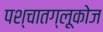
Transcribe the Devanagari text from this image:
पश्चातग्लूकोज